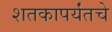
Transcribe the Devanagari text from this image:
शतकापर्यंतचे